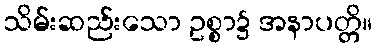
သိမ်းဆည်းသော ဥစ္စာ၌ အနာပတ္တိ။